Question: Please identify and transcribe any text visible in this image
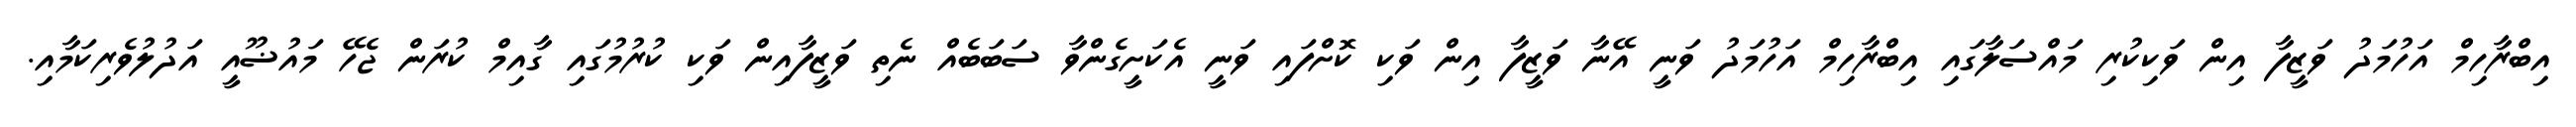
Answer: އިބްރާހިމް އަހުމަދު ވަޒީފާ އިން ވަކިކުރި މައްސަލާގައި އިބްރާހިމް އަހުމަދު ވަނީ އޭނާ ވަޒީފާ އިން ވަކި ކޮށްފައި ވަނީ އެކަށީގެންވާ ސަބަބެއް ނެތި ވަޒީފާއިން ވަކި ކުރުމުގައި ގާއިމް ކުރަން ޖެހޭ މައުޟޫއީ އަދުލުވެރިކަމާއި.